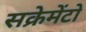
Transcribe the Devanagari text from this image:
सक्रेमेंटो